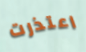
اعتذرت